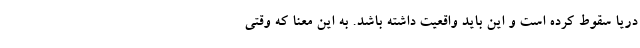
دریا سقوط کرده است و این باید واقعیت داشته باشد. به این معنا که وقتی